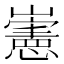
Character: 𡾢